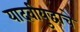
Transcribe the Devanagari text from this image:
यादवीयुद्धाचे